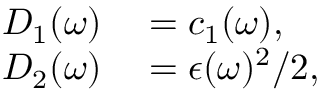
\begin{array} { r l } { D _ { 1 } ( \omega ) } & { { } = c _ { 1 } ( \omega ) , } \\ { D _ { 2 } ( \omega ) } & { { } = \epsilon ( \omega ) ^ { 2 } / 2 , } \end{array}